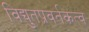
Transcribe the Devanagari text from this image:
विद्युतप्रवर्तकत्व